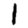
Digit: 1